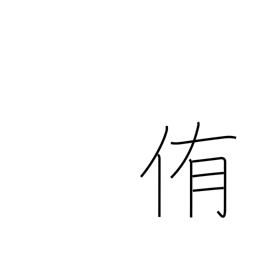
Meaning: urge to eat